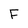
Character: F